Report of the Bombay Plague Committee
Disease focus: Plague
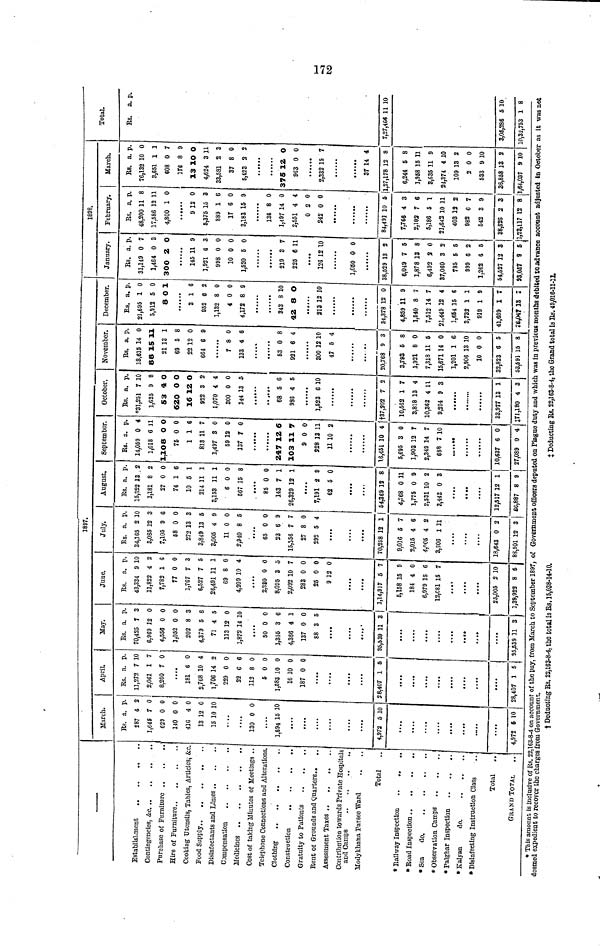
172
Establishment
Contingencies, &c.
Purchase of Furniture
Hire of Furniture
Cooking Utensils, Tables, Articles,- &
Food Supply..
..
Disinfectants ana Limes
Compensation
.
Medicines
Cost of taking Minutes of Meetings .
Telephone Connections and Alterations
Clothing
Construction
Gratuity to Patients
Rent of Grounds and Quarters..
Assessment Taxes ..
.,
..
Contribution towards Private Hospitals
Modykhana Parsee Ward
Total
* Railway Inspection
..
..
<t
* Sea
do.
* Observation Camps
* Palghar Inspection
*Kalyan
do.
* Disinfecting Instruction Class
Total
|
GRAND TOTAL
1897.
March.
Rs. a. p
287 4
1,645 7
629 0
140 0
41G 4
13 12
15 10 10
130 0 0
1,694 15 10
....
4,972 5 10
....
....
....
4,972 6 10
April.
Rs. a. p.
11,272 7 10
2,OG1 1 7
8,280 7 0
181 6 0
2,768 10 4
1,706 14 2
22D 0 0
22 C 6
112 8 0
5 0 0
1,583 10 0
16 10 0
187 0 0
May.
Rs. a. p.
70,425 7 3
6,969 12 0
4,558 0 0
1,052 0 0
202 8 3
4,379 5 6
71 4 5
113 12 0
1,872 14 10
50 0 0
1,355 3 6
4,366 4 1
137 0 0
88 3 5
June.
Rs. a. p
43,334 9 1
11,822 4 2
7,782 1 G
11 0 0
1,787 7 3
6,527 7 5
26,491 11 1
69 8 0
4,209 10 4
2,330 0 0
8,095 3 5
2,092 10 7
283 0 0
25 0 0
9 12 0
28,407 1 5 | 95,539 11 3 | 1,14,917 5 7
....
....
8,407 1 5
....
....
95,539 11 3
0,158 15 9
184 4 0
6,979 15 6
12,C81 15 7
25,005 2 10
1,39,922 8 6
July.
Rs. a. p.
34,165 2 10
3,085 12 3
7,105 9 G
58 0 0
272 13 3
3,849 13 5
3,005 4 9
11 0 0
2,940 8 5
65 0 0
23 6 9
15,356 1 7
27 8 0
292 5 4
August.
Rs. a. p.
15,322 13 2
1,181 8 2
27 0 0
74 1 6
10 5 1
214 11 1
3,153 11 1
6 0 0
567 15 8
85 0 0
143 7 1
26,329 12 1
7,191 2 9
62 5 0
70,258 12 1 | 54,369 12 8
9,016 5 7
2,015 4 6
4,105 4 2
3,506 1 11
18,643 0 2
88,901 12 3
4,768 0 11
1,775 0 9
2,531 10 2
3,443 0 3
12,517 12 1
£6,887 8 9
September.
Rs. a. p.
14,059 0 4
1,018 6 11
1,1O 8 O 0
76 0 0
1 1 6
813 11 7
1,497 3 0
5912 0
137 7 Q
247 12 6
103 11 7
9 0 0
328 13 11
11 10 2
October.
RB. a. p.
"31,251 7 10
1,625 9 8
53 4 0
620 0 0
16 12 0
922 3 2
1,070 4 4
300 0 0
144 13 5
68 5 6
93G 4 5
1,523 6 10
1.6,451 10 4 jf37,202 7 2
5,695 3 0
1,903 12 7
2,349 14 7
688 7 10
10,637 6 0
27,089 0 4 I
10,562 1 7
3,818 13 4
10,362 4 11
9,234 9 3
33,977 13 1
J71,180 4 3
November.
Rs. a. p.
18,615 14 0
88 15 11
21 13 1
69 5 8
22 12 0
664 6 9
7 8 0
133 4 6
53 0 8
921 6 4
300 12 10
47 5 4
20,768 9 3
3,793 5 8
1,921 8 0
7,318 11 6
15,671 14 0
1,201 1 6
2,906 13 10
10 0 0
32,823 6 5
53,591 15 8
December.
Rs. a. p.
21,695 1 0
5,912 5 0
8 O 1
3 1 6
952 6 2
1,132 8 0
4 0 0
4,172 8 9
343 8 10
42 8 O
213 12 10
34,378 12 0
4,859 11 9
1,540 8 7
7,512 14 7
21,449 12 4
1,664 15 6
3,733 1 1
919 1 9
41,669 1 1
«,04T 13 I
1898.
January.
Rs. a. p.
31,149 0 7
1,464 0 3
300 2 0
145 11 9
1,921 6 3
998 0 0
10 0 0
1,520 5 0
219 3 7
225 6 11
126 12 10
1,050 0 0
38,529 13 2
6,049 7 5
1,878 13 8
6,492 2 0
37,060 3 2
785 5 5
999 6 2
1,262 6 5
54,527 12 3
83,087 9 6J
February.
Rs. a. p.
48,200 11 8
17,586 12 11
4,800 1 0
9 12 0
5,375 15 3
889 1 6
17 6 0
3,183 15 9
136 8 0
1,497 14 0
2,551 4 4
0 2 0
242 0 0
84,49] 10 5
7,766 4 3
2,103 7 6
5,186 5 1
21,642 10 11
403 13 2
982 6 7
542 3 9
38,626 2 3
1,23,117 12 8 j
March.
Rs. a. p.
76,132 10 0
3,651 1 1
608 0 7
176 8 9
13 10 0
4,624 3 11
33,581 2 3
37 8 0
5,423 8 2
375 12 0
963 0 0
2,332 15 7
37 14 4
1,27,178 12 8
6,244 5 8
1,958 15 11
3,635 11 9
24,374 4 10
109 13 2
2 0 0
533 9 10
36,858 13 2
1,64,037 9 10
Total.
Rs. a. p.
7,27,466 11 10
3,05,386 5 10
10,32,753 1 8
* This amount is inclusive of Rs. 22,163-8-4 on account of the pay, from March to September 1897, of Government officers deputed on Plague duty and which was in previous months debited to advance account adjusted ID October as it was nod
deemed expedient to recover the charges from Government.
t Deducting Rs. 22,163-8-4, the total is Rs. 15j038-14-10.
J Deducting Rs. 22,163-8-4, the Grand total is Rs. 49,016-11-11.